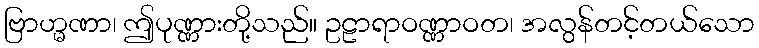
ဗြာဟ္မဏာ၊ ဤပုဏ္ဏားတို့သည်။ ဥဠာရာဝဏ္ဏာဝတ၊ အလွန်တင့်တယ်သော